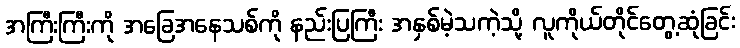
အကြီးကြီးကို အခြေအနေသစ်ကို နည်းပြကြီး အနှစ်မဲ့သကဲ့သို့ လူကိုယ်တိုင်တွေ့ဆုံခြင်း